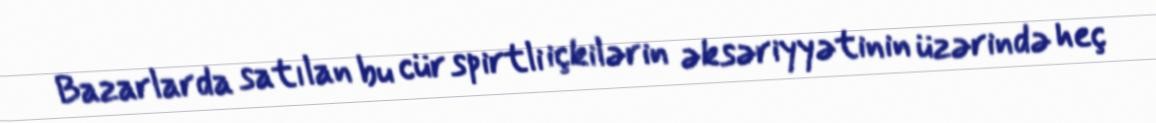
Bazarlarda satılan bu cür spirtli içkilərin əksəriyyətinin üzərində heç